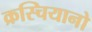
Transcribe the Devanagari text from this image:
क्रस्चियानो